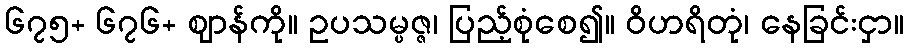
၆၇၅+ ၆၇၆+ ဈာန်ကို။ ဥပသမ္ပဇ္ဇ၊ ပြည့်စုံစေ၍။ ဝိဟရိတုံ၊ နေခြင်းငှာ။